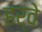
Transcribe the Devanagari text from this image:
हर्वे